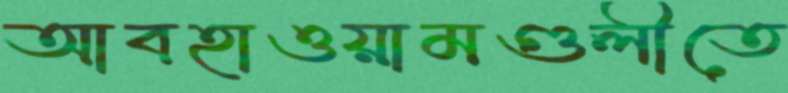
আবহাওয়ামণ্ডলীতে